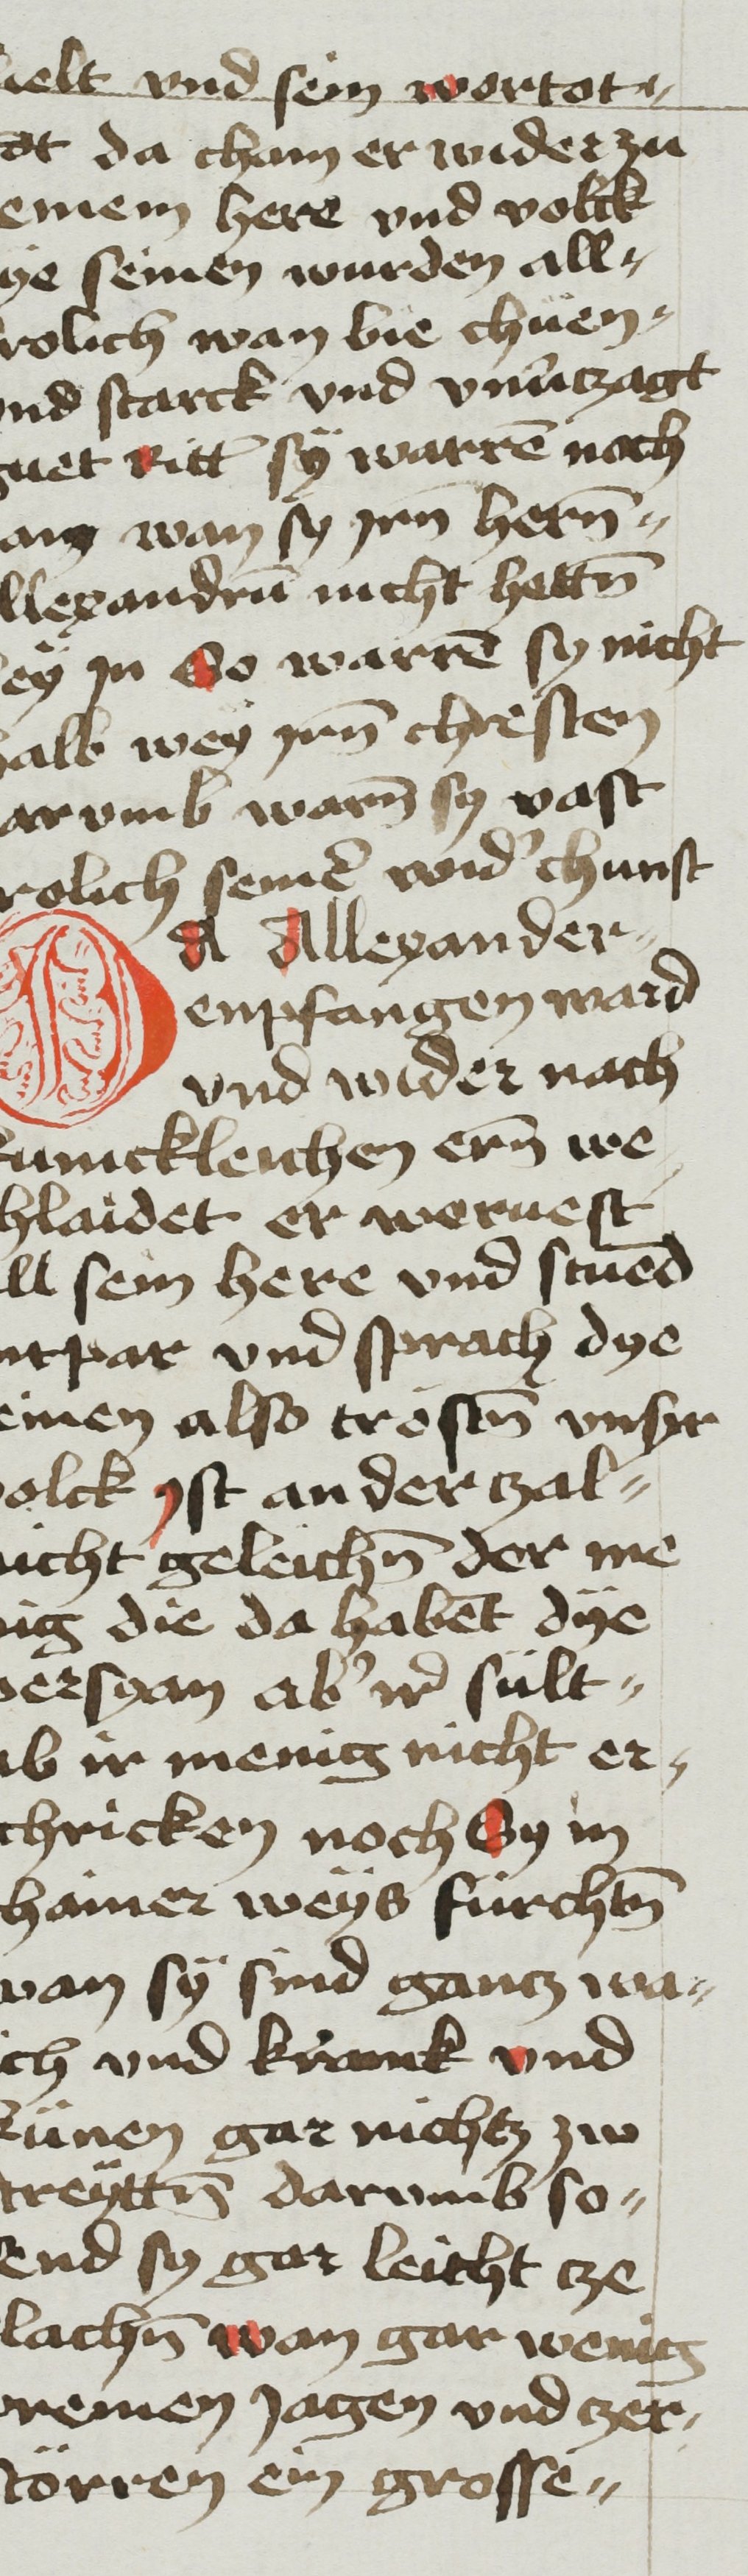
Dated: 1468–1468